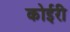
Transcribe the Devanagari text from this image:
कोईरी